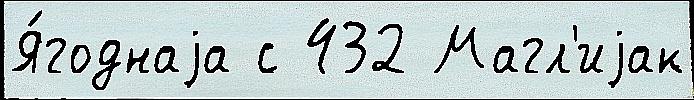
Я́годнаjа с 432 Магл'иjак